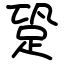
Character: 跫